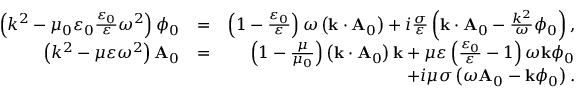
\begin{array} { r l r } { \left( k ^ { 2 } - \mu _ { 0 } \varepsilon _ { 0 } \frac { \varepsilon _ { 0 } } { \varepsilon } \omega ^ { 2 } \right) \phi _ { 0 } } & { = } & { \left( 1 - \frac { \varepsilon _ { 0 } } { \varepsilon } \right) \omega \left( \mathbf { k } \cdot \mathbf { A } _ { 0 } \right) + i \frac { \sigma } { \varepsilon } \left( \mathbf { k } \cdot \mathbf { A } _ { 0 } - \frac { k ^ { 2 } } { \omega } \phi _ { 0 } \right) , } \\ { \left( k ^ { 2 } - \mu \varepsilon \omega ^ { 2 } \right) \mathbf { A } _ { 0 } } & { = } & { \left( 1 - \frac { \mu } { \mu _ { 0 } } \right) \left( \mathbf { k } \cdot \mathbf { A } _ { 0 } \right) \mathbf { k } + \mu \varepsilon \left( \frac { \varepsilon _ { 0 } } { \varepsilon } - 1 \right) \omega \mathbf { k } \phi _ { 0 } } \\ & { } & { + i \mu \sigma \left( \omega \mathbf { A } _ { 0 } - \mathbf { k } \phi _ { 0 } \right) . } \end{array}